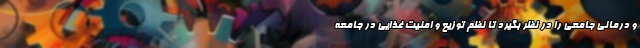
و درمانی جامعی را در نظر بگیرد تا نظم توزیع و امنیت غذایی در جامعه